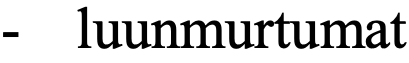
-  luunmurtumat